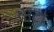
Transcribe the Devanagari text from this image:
घांटा